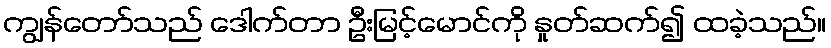
ကျွန်တော်သည် ဒေါက်တာ ဦးမြင့်မောင်ကို နှုတ်ဆက်၍ ထခဲ့သည်။